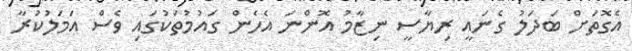
އެގޮތަށް ބަދަލު ގެނައީ ރިޔާސީ ނިޒާމު އޮންނަ އެހެން ގައުމުތަކުގައި ވެސް އަމަލުކުރާ